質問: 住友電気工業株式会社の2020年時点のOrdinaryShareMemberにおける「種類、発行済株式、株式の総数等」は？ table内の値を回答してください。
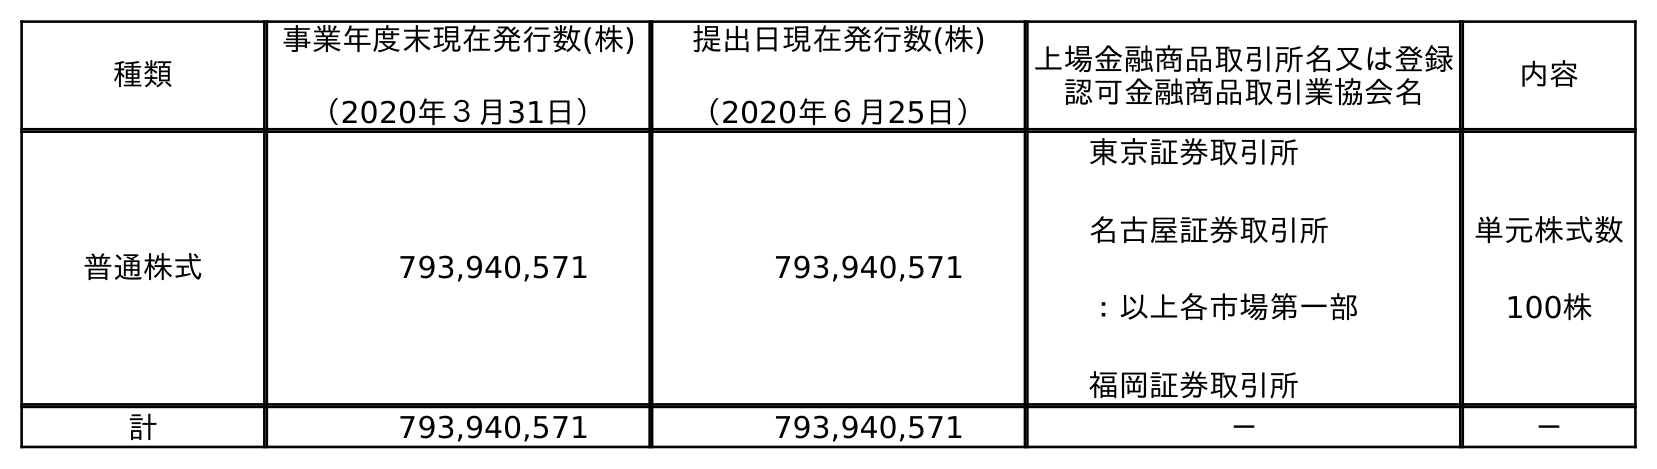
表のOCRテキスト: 種類 事業年度末現在発行数(株) （2020年３月31日） 提出日現在発行数(株) （2020年６月25日） 上場金融商品取引所名又は登録 認可金融商品取引業協会名 内容 普通株式 793,940,571 793,940,571 東京証券取引所 名古屋証券取引所 ：以上各市場第一部 福岡証券取引所 単元株式数 100株 計 793,940,571 793,940,571 － －
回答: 普通株式